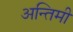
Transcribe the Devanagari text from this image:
अन्तिमी